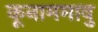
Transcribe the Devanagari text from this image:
कूनाममावु